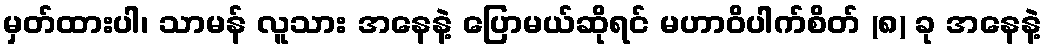
မှတ်ထားပါ၊ သာမန် လူသား အနေနဲ့ ပြောမယ်ဆိုရင် မဟာဝိပါက်စိတ် (၈) ခု အနေနဲ့